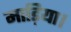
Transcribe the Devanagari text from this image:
माड़िया।